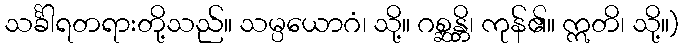
သင်္ခါရတရားတို့သည်။ သမ္ပယောဂံ၊ သို့။ ဂစ္ဆန္တိ၊ ကုန်၏။ ဣတိ၊ သို့။)